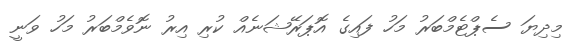
މިދިޔަ ސެޕްޓެމްބަރު މަހު ފައިގެ އޮޕަރޭޝަނެއް ކުރި އިރު ނޮވެމްބަރު މަހު ވަނީ